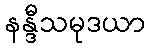
နန္ဒီသမုဒယာ